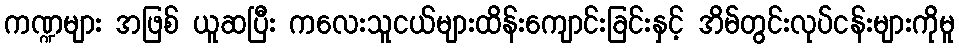
ကဏ္ဍများ အဖြစ် ယူဆပြီး ကလေးသူငယ်များထိန်းကျောင်းခြင်းနှင့် အိမ်တွင်းလုပ်ငန်းများကိုမူ